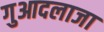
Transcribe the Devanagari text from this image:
गुआदलाजा